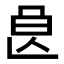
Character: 𣌩